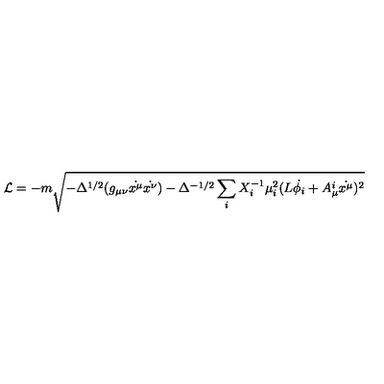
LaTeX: \mathcal { L } = - m \sqrt { - \Delta ^ { 1 / 2 } ( g _ { \mu \nu } \dot { x ^ { \mu } } \dot { x ^ { \nu } } ) - \Delta ^ { - 1 / 2 } \sum _ { i } X _ { i } ^ { - 1 } \mu _ { i } ^ { 2 } ( L \dot { \phi _ { i } } + A _ { \mu } ^ { i } \dot { x ^ { \mu } } ) ^ { 2 } }